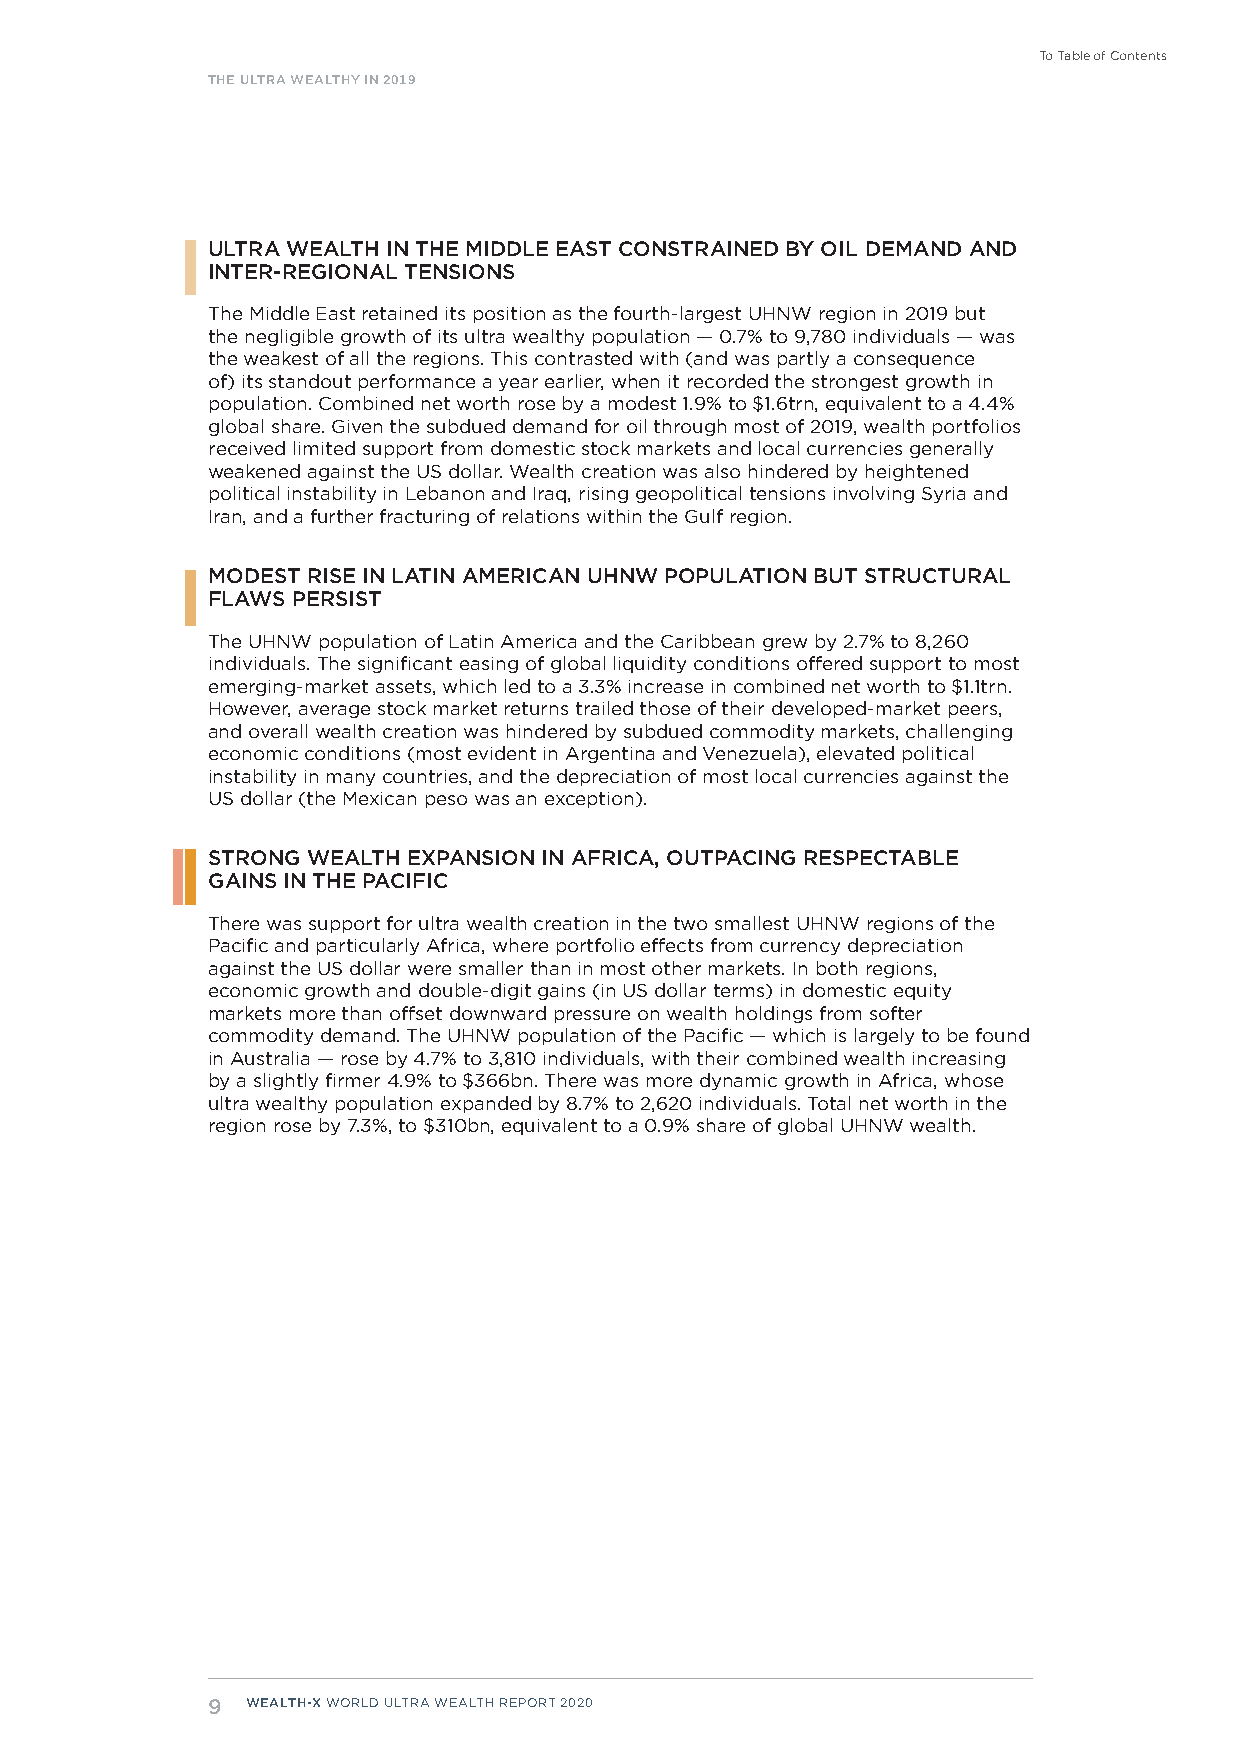
To Table of Contents
 THE ULTRA WEALTHY IN 2019
 ULTRA WEALTH IN THE MIDDLE EAST CONSTRAINED BY OIL DEMAND AND
 INTER-REGIONAL TENSIONS
 The Middle East retained its position as the fourth-largest UHNW region in 2019 but
 the negligible growth of its ultra wealthy population — 0.7% to 9,780 individuals — was
 the weakest of all the regions. This contrasted with (and was partly a consequence
 of) its standout performance a year earlier, when it recorded the strongest growth in
 population. Combined net worth rose by a modest 1.9% to $1.6trn, equivalent to a 4.4%
 global share. Given the subdued demand for oil through most of 2019, wealth portfolios
 received limited support from domestic stock markets and local currencies generally
 weakened against the US dollar. Wealth creation was also hindered by heightened
 political instability in Lebanon and Iraq, rising geopolitical tensions involving Syria and
 Iran, and a further fracturing of relations within the Gulf region.
 MODEST RISE IN LATIN AMERICAN UHNW POPULATION BUT STRUCTURAL
 FLAWS PERSIST
 The UHNW population of Latin America and the Caribbean grew by 2.7% to 8,260
 individuals. The significant easing of global liquidity conditions offered support to most
 emerging-market assets, which led to a 3.3% increase in combined net worth to $1.1trn.
 However, average stock market returns trailed those of their developed-market peers,
 and overall wealth creation was hindered by subdued commodity markets, challenging
 economic conditions (most evident in Argentina and Venezuela), elevated political
 instability in many countries, and the depreciation of most local currencies against the
 US dollar (the Mexican peso was an exception).
 STRONG WEALTH EXPANSION IN AFRICA, OUTPACING RESPECTABLE
 GAINS IN THE PACIFIC
 There was support for ultra wealth creation in the two smallest UHNW regions of the
 Pacific and particularly Africa, where portfolio effects from currency depreciation
 against the US dollar were smaller than in most other markets. In both regions,
 economic growth and double-digit gains (in US dollar terms) in domestic equity
 markets more than offset downward pressure on wealth holdings from softer
 commodity demand. The UHNW population of the Pacific — which is largely to be found
 in Australia — rose by 4.7% to 3,810 individuals, with their combined wealth increasing
 by a slightly firmer 4.9% to $366bn. There was more dynamic growth in Africa, whose
 ultra wealthy population expanded by 8.7% to 2,620 individuals. Total net worth in the
 region rose by 7.3%, to $310bn, equivalent to a 0.9% share of global UHNW wealth.
 9 WEALTH-X WORLD ULTRA WEALTH REPORT 2020